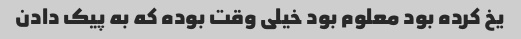
یخ کرده بود معلوم بود خیلی وقت بوده که به پیک دادن